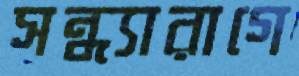
সন্ধ্যারাগে